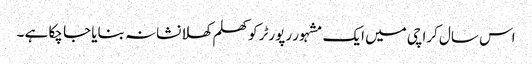
اس سال کراچی میں ایک مشہور رپورٹر کو کھلم کھلا نشانہ بنایا جا چکا ہے ۔